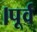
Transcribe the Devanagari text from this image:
।पूर्व